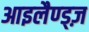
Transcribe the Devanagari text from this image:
आइलैण्ड्ज़